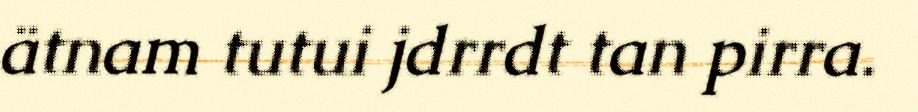
ätnam tutui jdrrdt tan pirra.